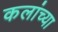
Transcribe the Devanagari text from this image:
कलांच्‍या